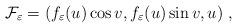
LaTeX: \begin{align*}{\cal F}_\varepsilon = (f_\varepsilon (u) \cos v, f_\varepsilon (u) \sin v, u) ~,\end{align*}